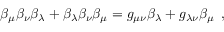
\beta _ { \mu } \beta _ { \nu } \beta _ { \lambda } + \beta _ { \lambda } \beta _ { \nu } \beta _ { \mu } = g _ { \mu \nu } \beta _ { \lambda } + g _ { \lambda \nu } \beta _ { \mu } \, \, \, ,